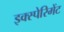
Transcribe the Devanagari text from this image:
इक्स्पेरिमेंट